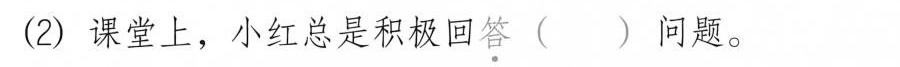
(2)课堂上，小红总是积极回答( )问题。